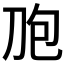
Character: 𰄤